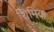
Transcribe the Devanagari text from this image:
शिमिक